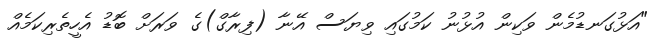
"އަޅުގަނޑުމެން ވަކިން އުޅުނު ކަމުގައި ވިޔަސް އޭނާ (ފިރާގް)ގެ ވަރަށް ބޮޑު އެހީތެރިކަމެއް